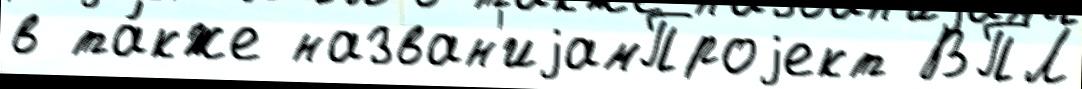
в та́кже назван'иjамПроjект ВПЛ